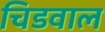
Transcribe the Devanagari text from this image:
चिडवाल